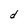
Character: d